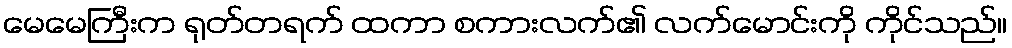
မေမေကြီးက ရုတ်တရက် ထကာ စကားလက်၏ လက်မောင်းကို ကိုင်သည်။